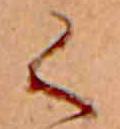
く